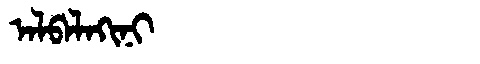
Manchu: ᠠᠯᠪᠠᠯᠠᡴᡳᠨᡳ
Romanization: ALBALAKINI